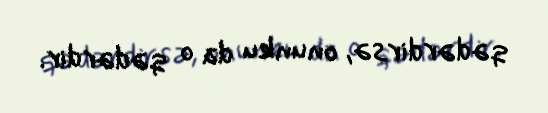
qədərdirsə, onunku da o qədərdir.